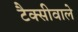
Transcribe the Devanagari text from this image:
टैक्सीवाले